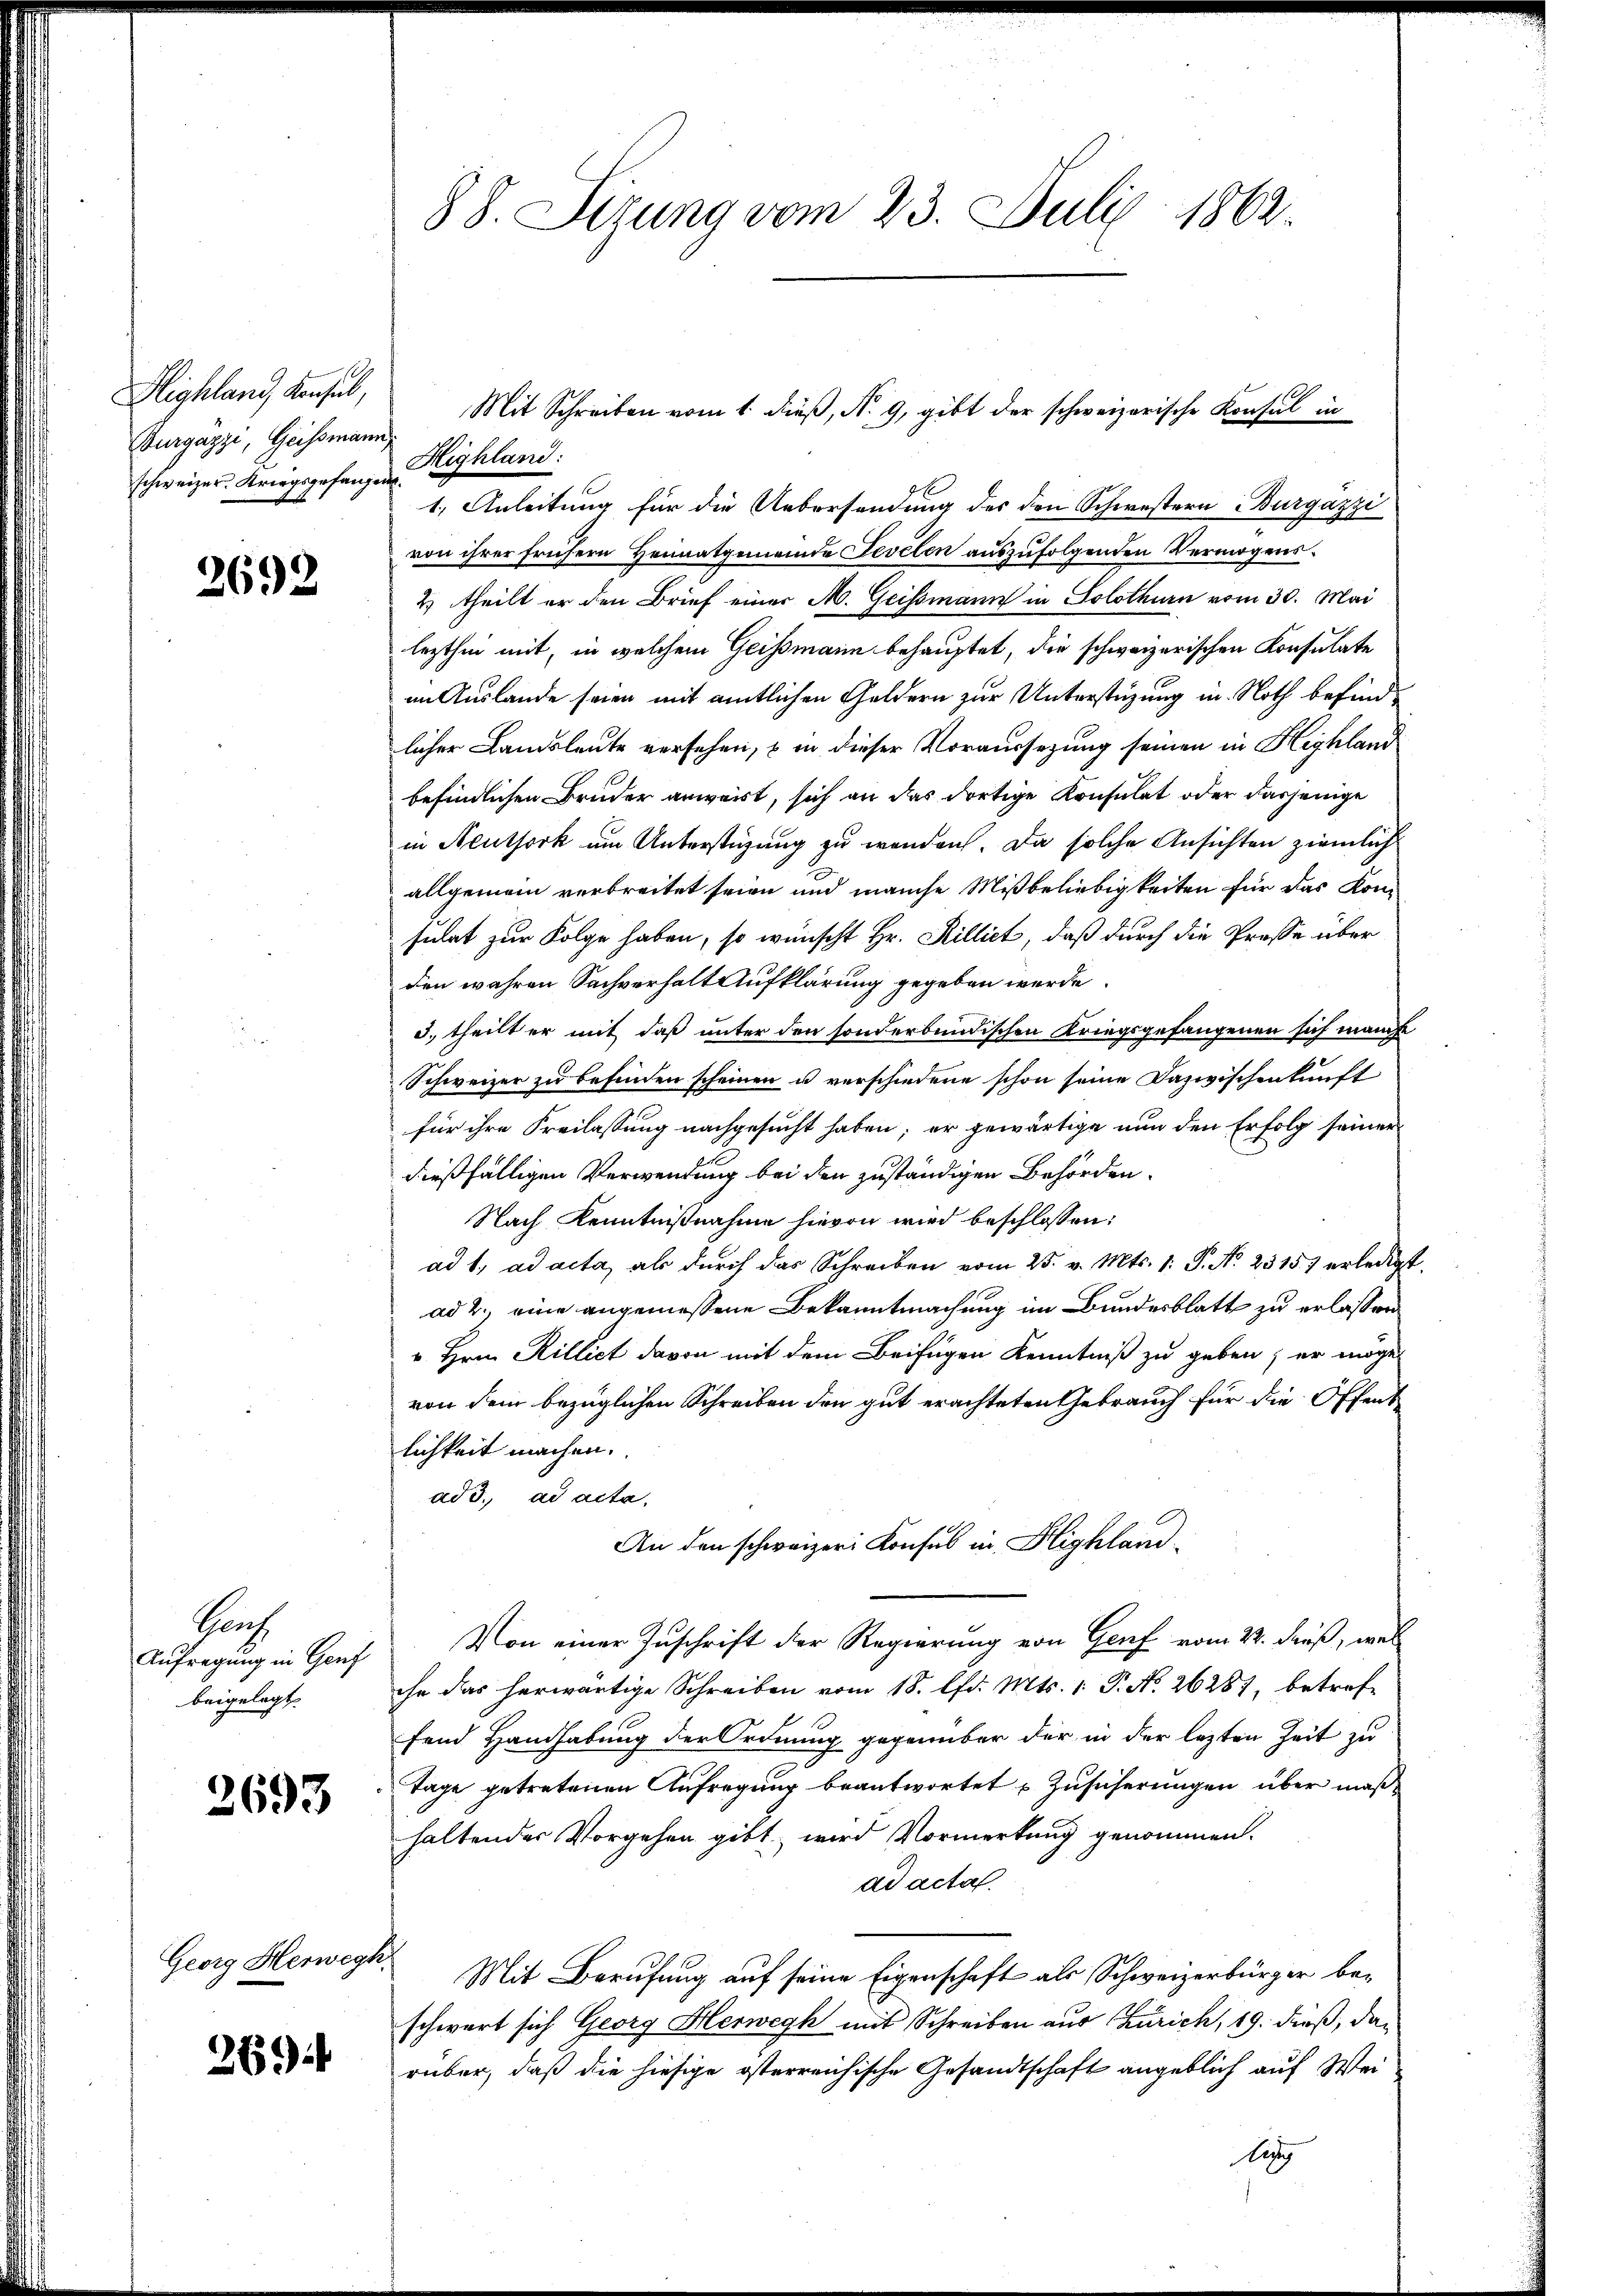
Highland Konsul,
Burgazzi, Geissmann
schweizer. Kriegsgefangen

2692

Sach
Aufregung in Genf
beigelegt.

2693

Georg Herweg

269

88. Sizung vom 23. Juli 1862.

Highland:
1.) Anleitung für die Uebersendung des den Schwestern Burgazzi
von ihrer frühern Heimatgemeinde Fevelen auszufolgenden Vermögens¬
2 theilt er den Brief einer M. Geissmann in Solothurn vom 30. Mai
lezthin mit, in welchem Geissmann behauptet, die schweizerischen Konsulate
im Auslande seien mit amtlichen Geldern zur Unterstüzung in Noth befindlicher Landsleute versehen, u in dieser Voraussezung seinen in Highland
befindlichen Bruder anwart, sich an das dortige Konsulat oder dasjenige
in Neuthork um Unterstüzung zu wenden. Da solche Ansichten ziemlich
allgemein verbreitet seien und manche Mißbeliebigkeiten für das Kom-
sulat zur Folge haben, so wünscht Hr. Rilliet, daß durch die Prosse über
den wahren Sachverhalt Aufklärung gegeben werde.
3. theilt er mit daß unter den sonderbundischen Kriegsgefangenen sich manche
Schweizer zu befinden scheinen u verschiedene schon seine Dazwischenkunft
für ihre Freilassung nachgesucht haben; er gewärtige nun den Erfolg seiner
dießfälligen Verwendung bei den zuständigen Behörden.
Nach Kenntnißnahme hievon wird beschlossen:
ad 1. ad acta, als durch das Schreiben vom 25. v. Mts. 1. P. No. 23157 erledigt.
ad 2., eine angemessene Bekanntmachung im Bundesblatt zu erlassen
" Hrn. Rilliet davon mit dem Beifügen Kenntniß zu geben; er möge
von dem bezüglichen Schreiben den gut erachteten Gebrauch für die Offent
lichkeit machen.
ad 3. ad acta,
An den schweizer Konsul in Highland¬
Von einer Zuschrift der Regierung von Genf vom 24. dieß, wel
che das herwärtige Schreiben vom 18. lfd. Mts. 1. P. No. 26281, betreffand Handhabung der Ordnung gegenüber der in der lezten Zeit zu
Tage getretenen Aufregung beantwortet Zusicherungen über maßhaltender Vorgehen gibt, wird Vormerkung genommen.
ad acta.
f
Mit Berufung auf seine Eigenschaft als Schweizerbürger beschwert sich Georg Herwegh mit Schreiben aus Zürich, 19. dieß, darüber, daß die hiesige österreichische Gesandtschaft angeblich auf Wei¬
Leg

Mit Schreiben vom 1. dieß, N. 9, gibt der schweizerische Konsul in